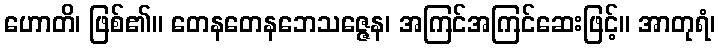
ဟောတိ၊ ဖြစ်၏။ တေနတေနဘေသဇ္ဇေန၊ အကြင်အကြင်ဆေးဖြင့်။ အာတုရံ၊